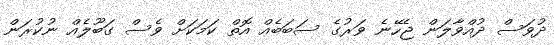
ދުވަސް ދުއްވާލަން ޖެހޭނެ ވަރުގެ ސަބަބެއް އޮތް ކަމަކަށް ވެސް ގަބޫލެއް ނުކުރަން